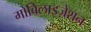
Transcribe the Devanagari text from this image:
मोबिलाइज़ेशन